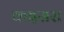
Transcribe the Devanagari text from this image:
कइसरा